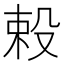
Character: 𬆥